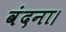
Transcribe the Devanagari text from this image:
वंदना।